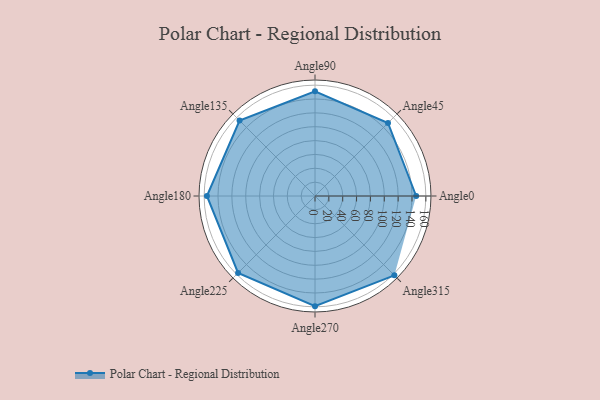
{"axis": {"x": "Angle", "y": "Radius"}, "legend": [""], "data": [{"x": "Angle0", "y": 146.0, "type": ""}, {"x": "Angle45", "y": 149.0, "type": ""}, {"x": "Angle90", "y": 151.0, "type": ""}, {"x": "Angle135", "y": 154.0, "type": ""}, {"x": "Angle180", "y": 156.0, "type": ""}, {"x": "Angle225", "y": 157.0, "type": ""}, {"x": "Angle270", "y": 159.0, "type": ""}, {"x": "Angle315", "y": 162.0, "type": ""}]}